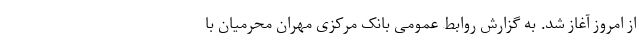
از امروز آغاز شد. به گزارش روابط عمومی بانک مرکزی مهران محرمیان با